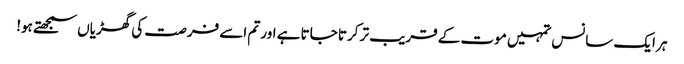
ہر ایک سانس تمہیں موت کے قریب تر کرتا جاتا ہے اور تم اسے فرصت کی گھڑیاں سمجھتے ہو!